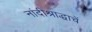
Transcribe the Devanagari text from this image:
नांदीश्राद्धाचें